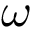
\omega